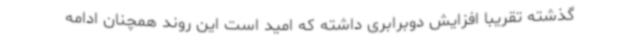
گذشته تقریبا افزایش دوبرابری داشته که امید است این روند همچنان ادامه